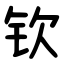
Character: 钦